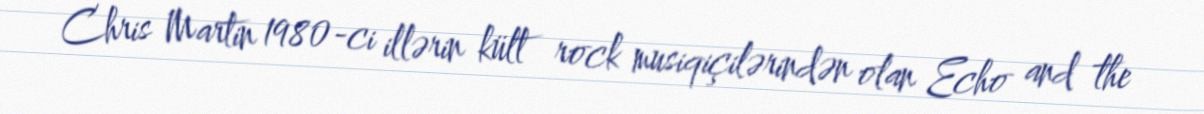
Chris Martin 1980-ci illərin kült rock musiqiçilərindən olan Echo and the